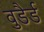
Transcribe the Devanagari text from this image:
वुडैर्ड